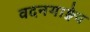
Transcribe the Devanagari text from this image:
वदनगाङ्गेय